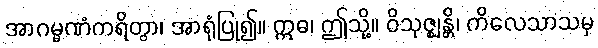
အာဂမ္မဏံကရိတွာ၊ အာရုံပြု၍။ ဣဓ၊ ဤသို့။ ဝိသုဇ္ဈန္တိ၊ ကိလေသာသမှ